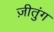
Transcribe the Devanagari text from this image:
ज़ीतुंग